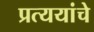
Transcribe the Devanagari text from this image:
प्रत्ययांचे